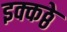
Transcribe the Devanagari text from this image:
इक्कठ्ठे